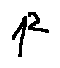
1 ^ { 2 }